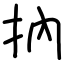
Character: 抐